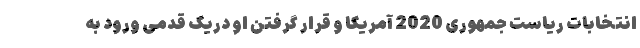
انتخابات ریاست جمهوری 2020 آمریکا و قرار گرفتن او دریک قدمی ورود به